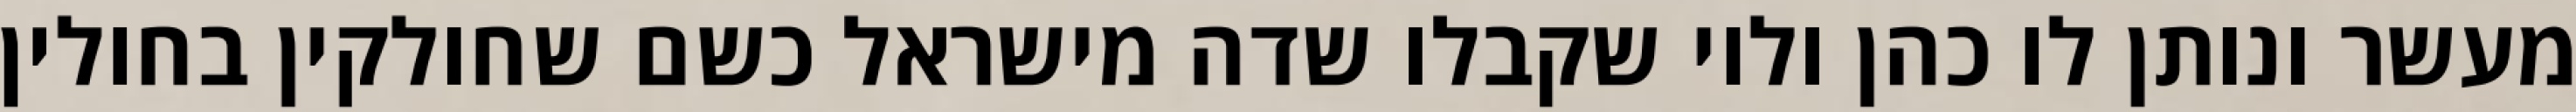
מעשר ונותן לו כהן ולוי שקבלו שדה מישראל כשם שחולקין בחולין